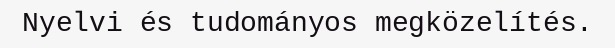
Nyelvi és tudományos megközelítés.